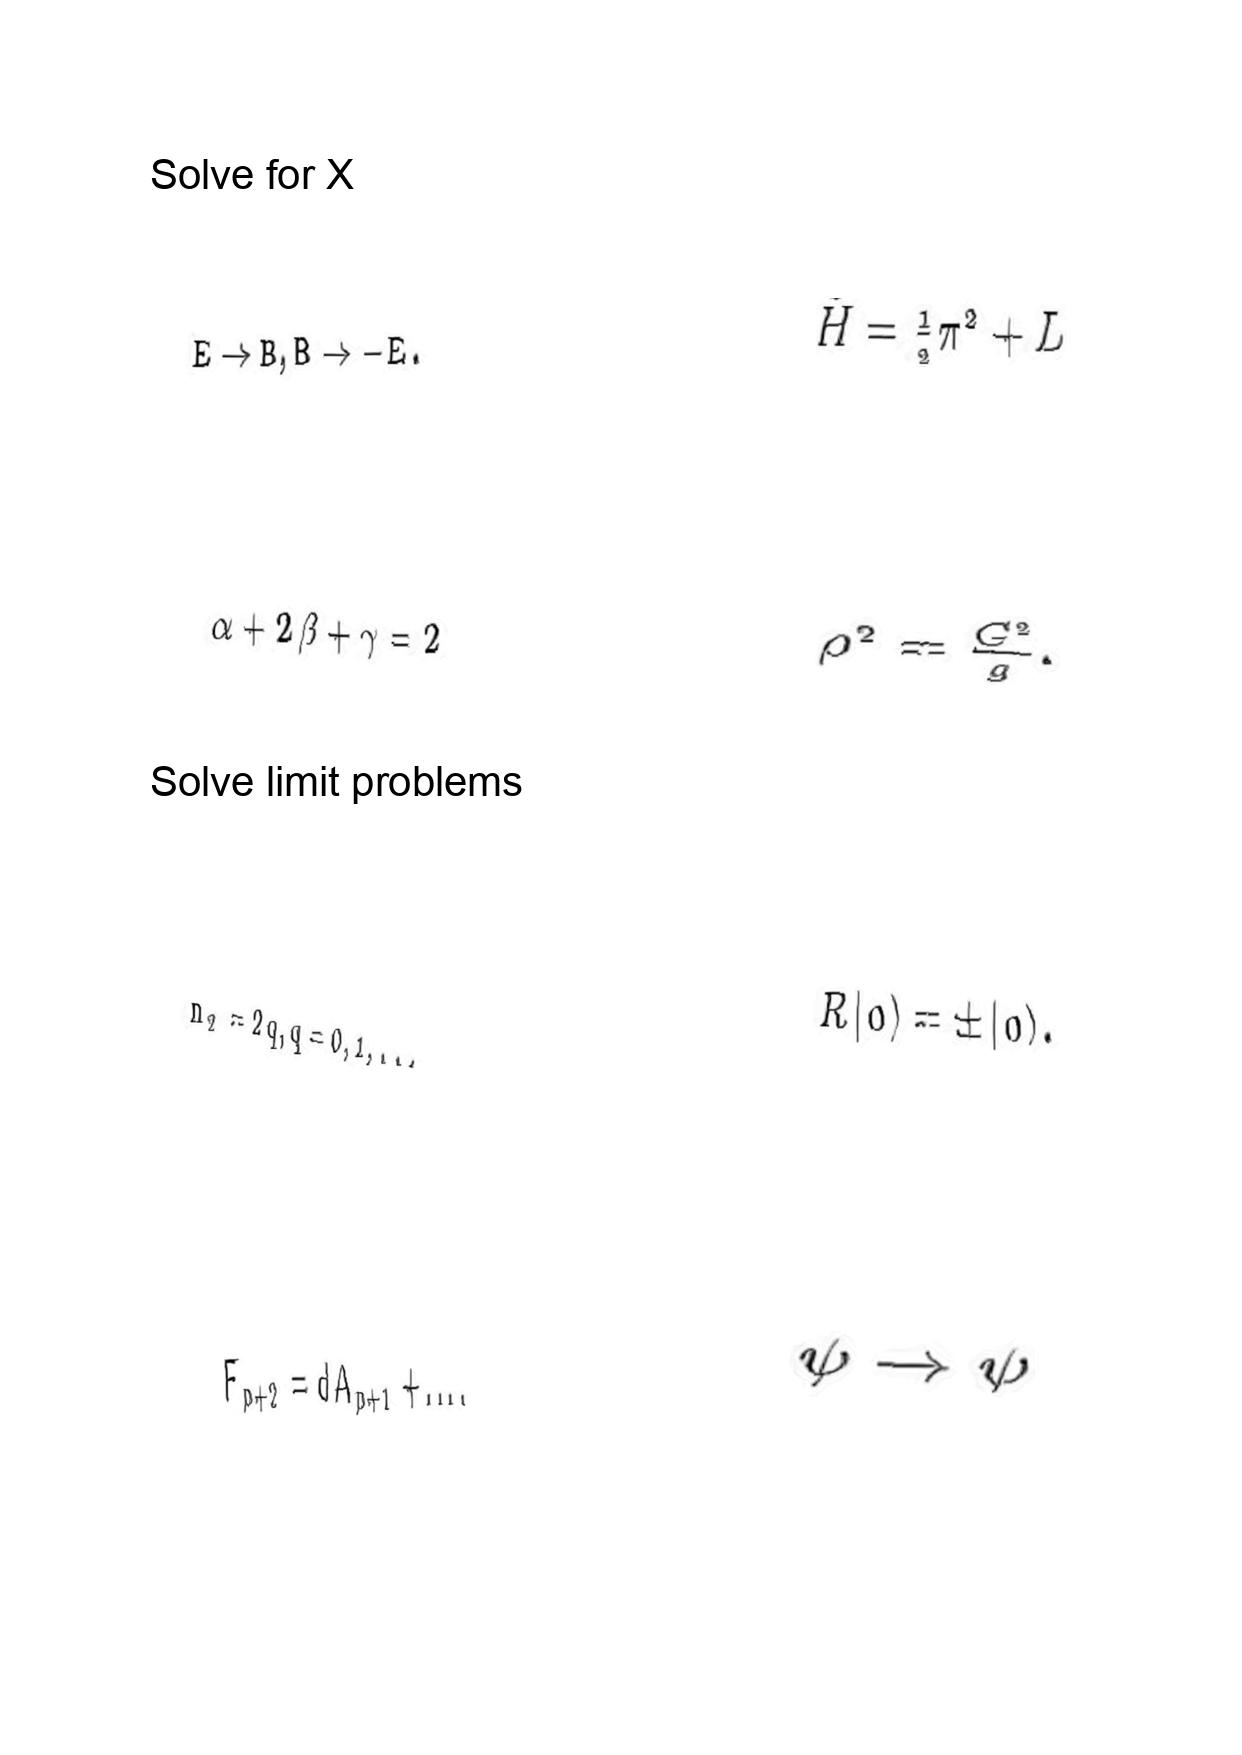
LaTeX transcription:
E \rightarrow B , B \rightarrow - E .
\alpha + 2 \beta + \gamma = 2
n _ { 2 } = 2 q , q = 0 , 1 , . . .
F _ { p + 2 } = d A _ { p + 1 } + \ldots .
\tilde { H } = \frac { 1 } { 2 } \pi ^ { 2 } + L
\rho ^ { 2 } = \frac { G ^ { 2 } } { g } .
R \vert 0 \rangle = \pm \vert 0 \rangle .
\psi \rightarrow \psi